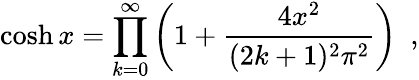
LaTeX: \cosh x=\prod_{k=0}^{\infty}\left(1+\frac{4x^{2}}{(2k+1)^{2}\pi^{2}}\right)\, \, \, ,